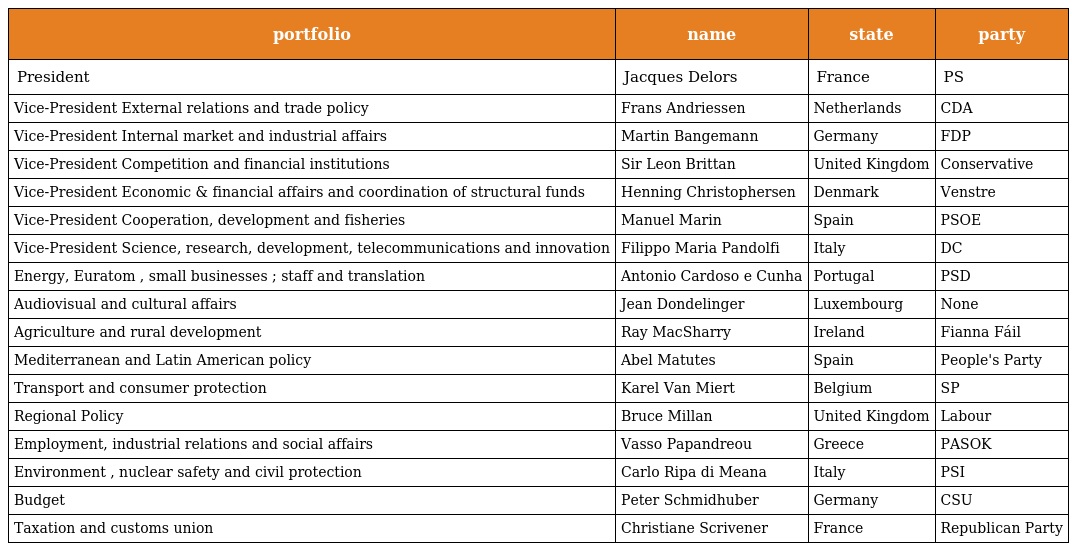
| portfolio | name | state | party |
 | --- | --- | --- | --- |
 | President | Jacques Delors | France | PS |
 | Vice-President External relations and trade policy | Frans Andriessen | Netherlands | CDA |
 | Vice-President Internal market and industrial affairs | Martin Bangemann | Germany | FDP |
 | Vice-President Competition and financial institutions | Sir Leon Brittan | United Kingdom | Conservative |
 | Vice-President Economic & financial affairs and coordination of structural funds | Henning Christophersen | Denmark | Venstre |
 | Vice-President Cooperation, development and fisheries | Manuel Marin | Spain | PSOE |
 | Vice-President Science, research, development, telecommunications and innovation | Filippo Maria Pandolfi | Italy | DC |
 | Energy, Euratom , small businesses ; staff and translation | Antonio Cardoso e Cunha | Portugal | PSD |
 | Audiovisual and cultural affairs | Jean Dondelinger | Luxembourg | None |
 | Agriculture and rural development | Ray MacSharry | Ireland | Fianna Fáil |
 | Mediterranean and Latin American policy | Abel Matutes | Spain | People's Party |
 | Transport and consumer protection | Karel Van Miert | Belgium | SP |
 | Regional Policy | Bruce Millan | United Kingdom | Labour |
 | Employment, industrial relations and social affairs | Vasso Papandreou | Greece | PASOK |
 | Environment , nuclear safety and civil protection | Carlo Ripa di Meana | Italy | PSI |
 | Budget | Peter Schmidhuber | Germany | CSU |
 | Taxation and customs union | Christiane Scrivener | France | Republican Party |